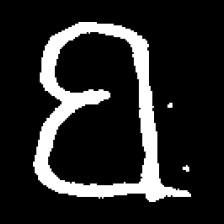
Pyu character \u2014 Myanmar letter: ဗ (romanized: ba)